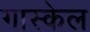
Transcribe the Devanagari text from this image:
गास्केल